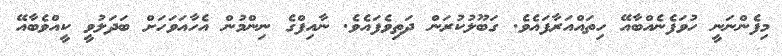
މިފެންނަނީ ހުވަފެނެއްބާއޭ ހިތައްއަރާފައެވެ. ގަބޫލުކުރަން ދަތިވެފައެވެ. ނާއިފްގެ ނިންމުން އެހާއަވަހަށް ބަދަލުވީ ކީއްވެބާއޭ